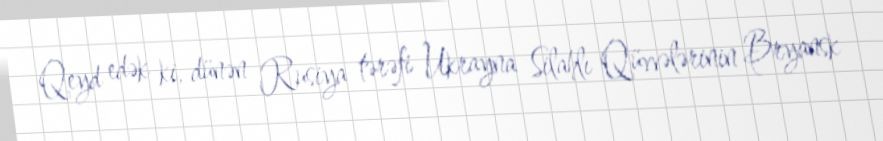
Qeyd edək ki, dünən Rusiya tərəfi Ukrayna Silahlı Qüvvələrinin Bryansk